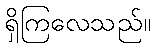
ရှိကြလေသည်။